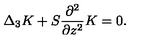
\Delta _ { 3 } K + S \frac { \partial ^ { 2 } } { \partial z ^ { 2 } } K = 0 .